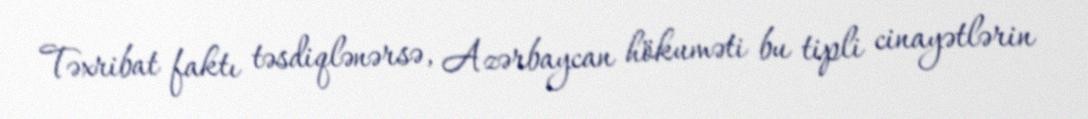
Təxribat faktı təsdiqlənərsə, Azərbaycan hökuməti bu tipli cinayətlərin